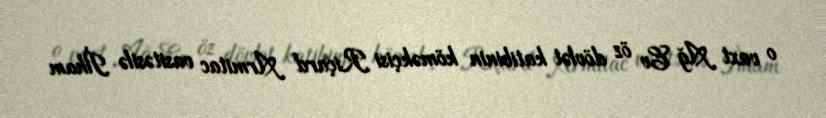
o vaxt Ağ Ev öz dövlət katibinin köməkçisi Riçard Armitac vasitəsilə İlham